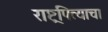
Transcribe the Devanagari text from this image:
राष्ट्रपित्याचा